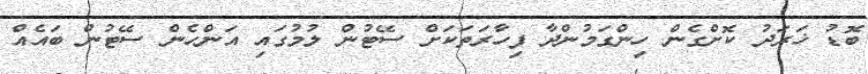
ބޮޑު ޚަރަދު ކޮށްގެން ހިންގަމުންދާ ފިހާރަތަކަށް ސޭޓުން ލުމުގައި އަންހެން ސޭޓުން ބައެއް